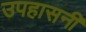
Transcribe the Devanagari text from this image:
उपहासनी